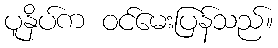
ပူနှိပ်က ဝင်မေးပြန်သည်။